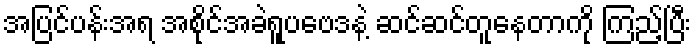
အပြင်ပန်းအရ အစိုင်အခဲရူပဗေဒနဲ့ ဆင်ဆင်တူနေတာကို ကြည့်ပြီး